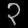
Digit: ၃